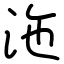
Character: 沲